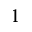
^ { 1 }